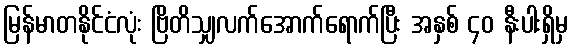
မြန်မာတနိုင်ငံလုံး ဗြိတိသျှလက်အောက်ရောက်ပြီး အနှစ် ၄၀ နီးပါးရှိမှ